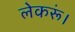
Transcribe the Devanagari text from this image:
लेकरूं।